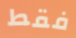
فقط